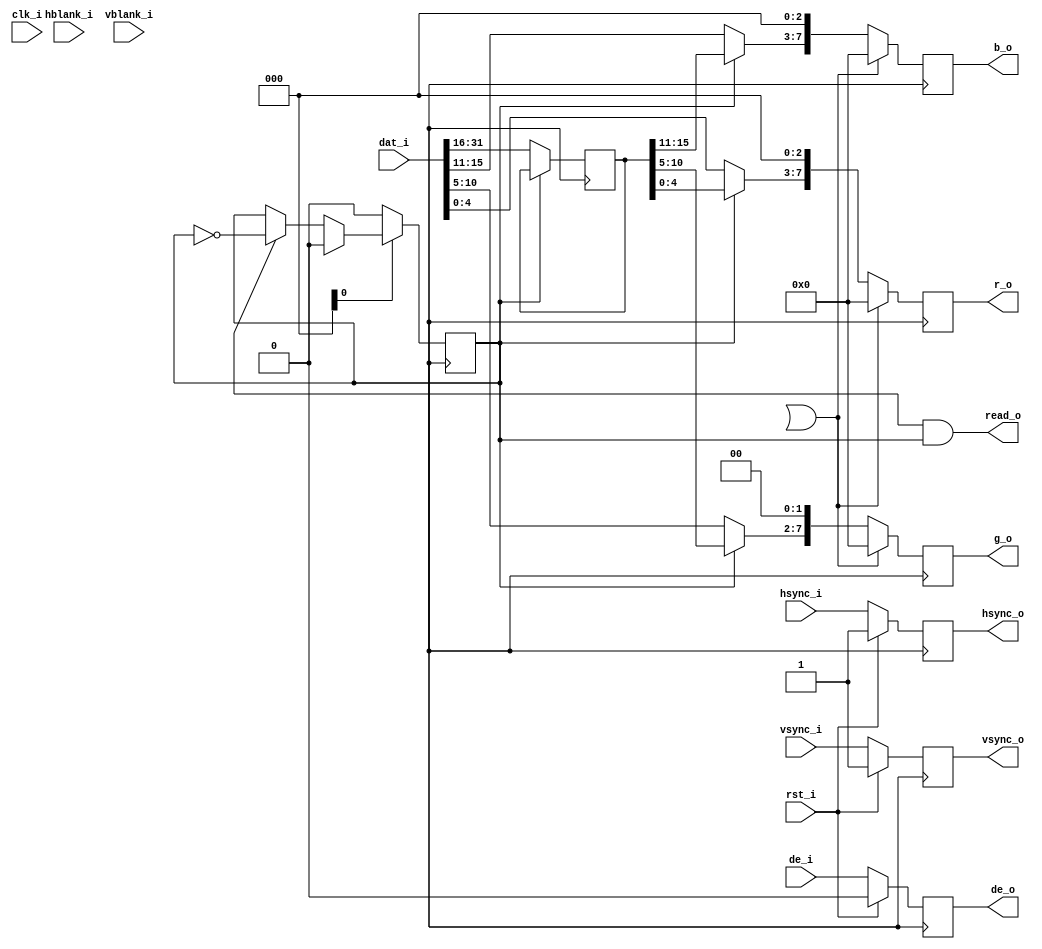
module vga16 (
	input		clk_i,
	input		rst_i,
	
	input		hsync_i,
	input		vsync_i,
	input		hblank_i,
	input		vblank_i,
	input		de_i,
	output		read_o,
	input	[31:0]	dat_i,
	
	output	reg	[7:0]	r_o,
	output	reg	[7:0]	g_o,
	output	reg	[7:0]	b_o,
	output	reg	vsync_o	= 1,
	output	reg	hsync_o	= 1,
	output	reg	de_o	= 0
);


reg		hsync_o	= 1;
reg		vsync_o	= 1;
reg		de_o	= 0;

reg	[15:0]	upper_word;
reg		odd	= 1;
wire	[31:0]	mdata;
wire		read;
wire	[9:0]	row, col;


assign	mem_addr_o [ASB:FBSIZE]	= FBOFF;

assign	#2 read_o	= (de && odd);


// Make sure all output signals are free from combinatorial delays and
// therefore in phase.
always @(posedge dot_clk)
	if (rst_i)
		{hsync_o, vsync_o, de_o}	<= #2 3'b110;
	else begin
		hsync_o	<= #2 hsync_i;
		vsync_o	<= #2 vsync_i;
		de_o	<= #2 de_i;
	end


//---------------------------------------------------------------------------
//  Display DATAPATH:
//	The memory controller fetches data with a width of 32-bits, but the
//	display uses 16-bit colour data.
always @(posedge dot_clk)
	if (!reset_ni)	odd	<= #2 0;
	else if (hsync)	odd	<= #2 0;
	else if (de)	odd	<= #2 ~odd;

always @(posedge dot_clk)
	if (!odd)	upper_word	<= #2 dat_i [31:16];

always @(posedge dot_clk)
	if (hblank || vblank)
		{r_o, g_o, b_o}	<= #2 0;
	else begin
		b_o	<= #2 {odd ? upper_word [15:11] : dat_i [15:11], 3'b000};
		g_o	<= #2 {odd ? upper_word [10:5] : dat_i [10:5], 2'b00};
		r_o	<= #2 {odd ? upper_word [4:0] : dat_i [4:0], 3'b000};
	end


endmodule